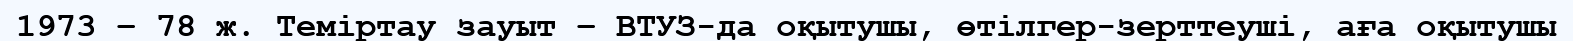
1973 – 78 ж. Теміртау зауыт – ВТУЗ-да оқытушы, өтілгер-зерттеуші, аға оқытушы